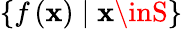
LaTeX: \left\{ f\left(\mathbf{x}\right)\mid\mathbf{x}\inS\right\}